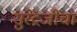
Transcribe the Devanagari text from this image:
सुरेंद्रजींचा